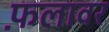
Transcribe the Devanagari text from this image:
फ़लावर